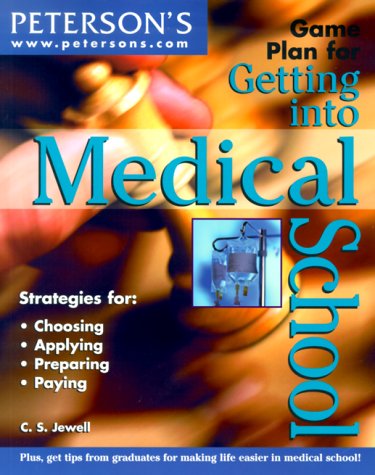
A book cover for Game Plan Get into MedSch (Game Plan for Getting Into Medical School); Peterson's; Education & Teaching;